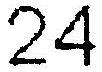
24